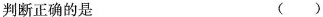
判断正确的是 ()